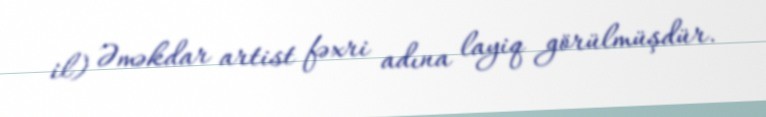
il) Əməkdar artist fəxri adına layiq görülmüşdür.